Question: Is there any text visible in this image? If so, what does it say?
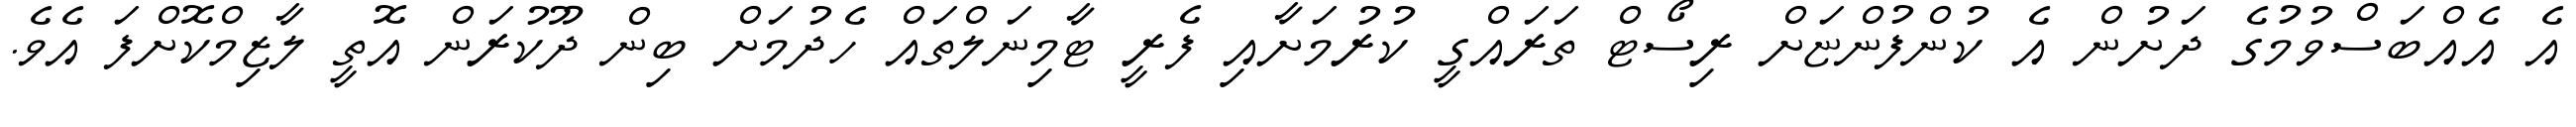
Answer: އެ އެއްބަސްވުމުގެ ދަށުން އެ ކުންފުންޏަށް ރިސޯޓް ތަރައްގީ ކުރުމަށާއި ފެރީ ޓާމިނަލްތައް ހެދުމަށް ބިން ދޫކުރަން އޮތީ ލާޒިމްކޮށްފަ އެވެ.